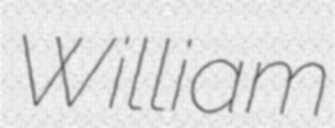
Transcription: William